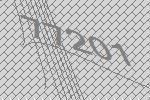
77201